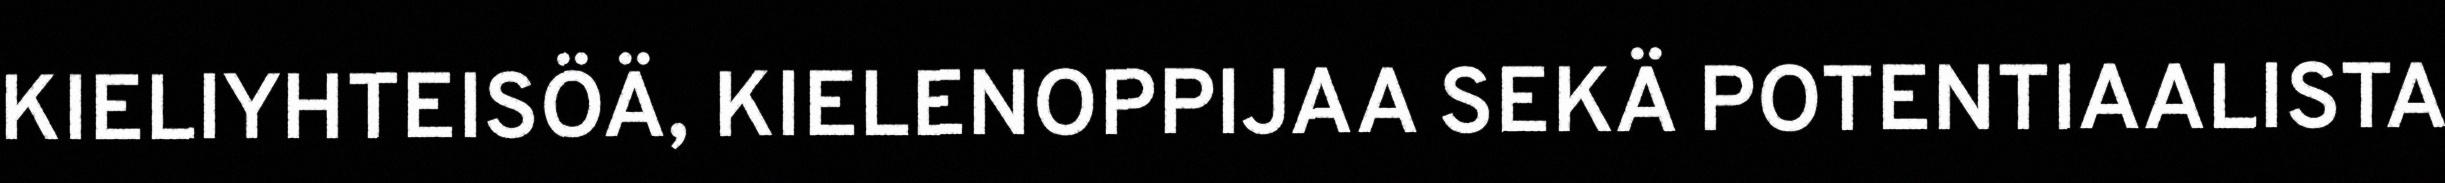
KIELIYHTEISÖÄ, KIELENOPPIJAA SEKÄ POTENTIAALISTA